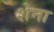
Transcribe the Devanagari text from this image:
शेना